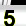
Digit: 5